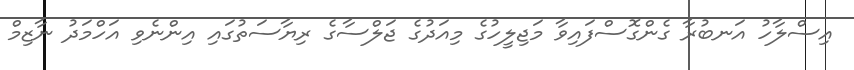
އިސްލާހު އަނބުރާ ގެންގޮސްފައިވާ މަޖިލީހުގެ މިއަދުގެ ޖަލްސާގެ ރިޔާސަތުގައި އިންނެވި އަހްމަދު ނާޒިމް